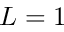
L = 1